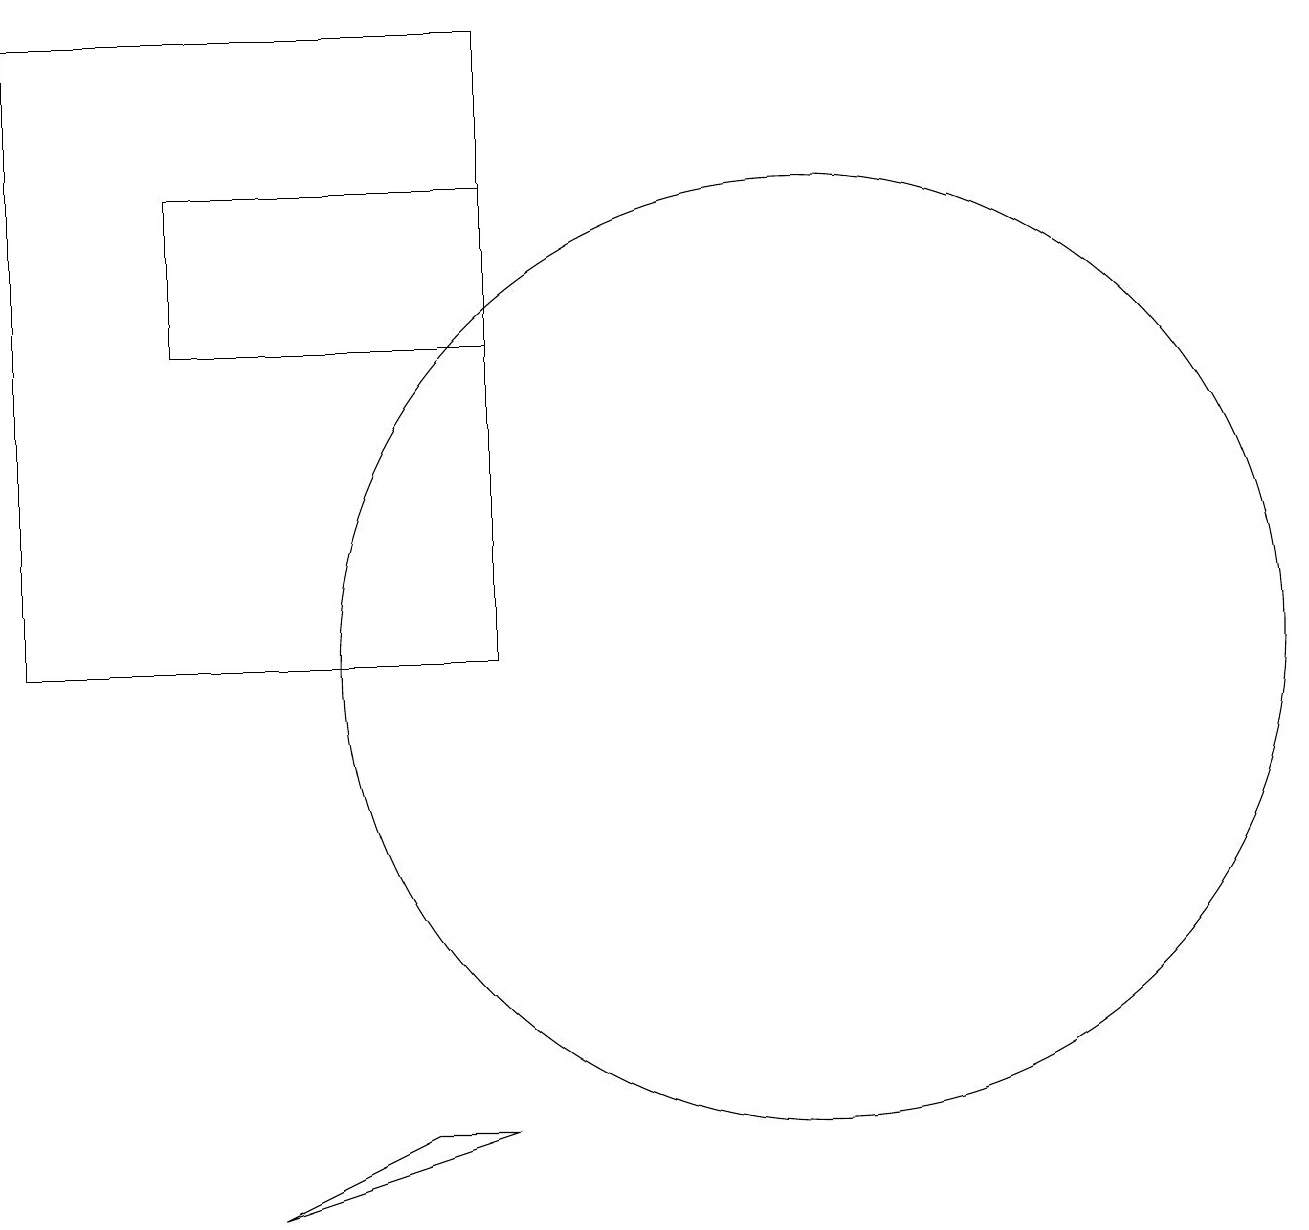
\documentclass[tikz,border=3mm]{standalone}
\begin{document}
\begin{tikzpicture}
\draw (3,16) rectangle (7,14);
\draw (1,18) rectangle (7,10);
\draw (11,10) circle (6);
\draw (7,4) -- (4,3) -- (6,4) -- cycle;
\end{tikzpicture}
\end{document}